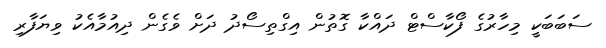
ސަބަބަކީ މިހާރުގެ ފޯކާސްޓް ދައްކާ ގޮތުން އިގްތިސޯދު ދަށް ވެގެން ދިއުމާއެކު ވިޔަފާރި